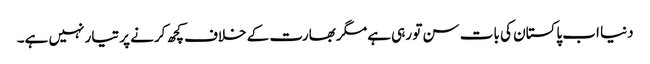
دنیا اب پاکستان کی بات سن تو رہی ہے مگر بھارت کے خلاف کچھ کرنے پر تیار نہیں ہے۔